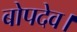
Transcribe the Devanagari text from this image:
बोपदेव।